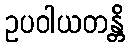
ဥပဝါယတန္တိ